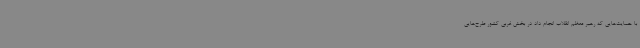
با حمایت‌هایی که رهبر معظم انقلاب انجام داد در بخش غربی کشور طرح‌هایی